Subject: cs
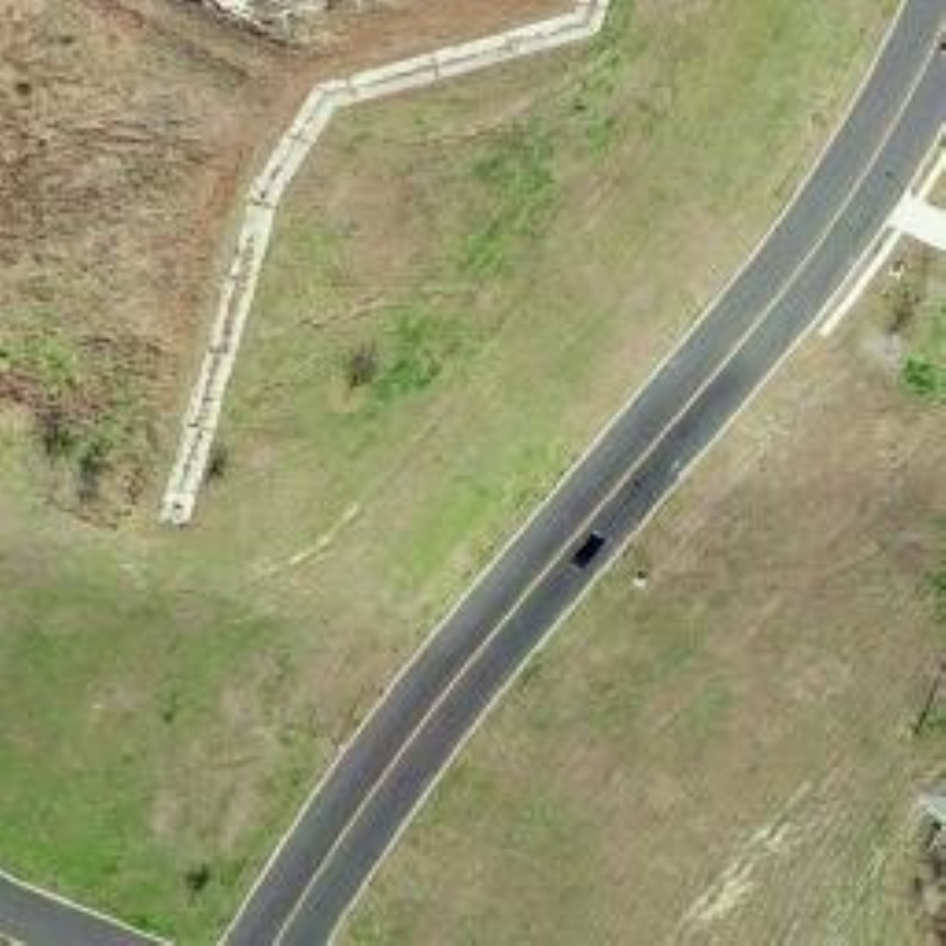
LaTeX code:
        \begin{tikzpicture}
            \node[anchor=south west,inner sep=0] at (0,0) {\includegraphics[width=.99\textwidth]{6754_imgs_levir_bit_A_1771.jpg}};
        \end{tikzpicture}